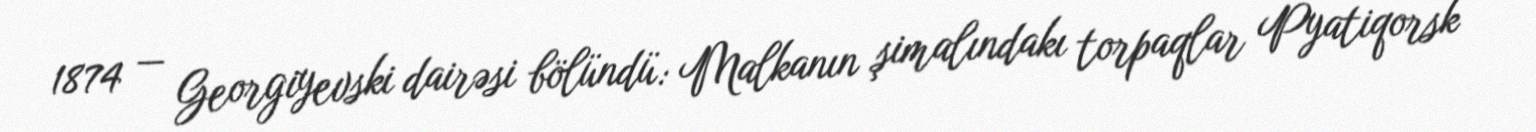
1874 — Georgiyevski dairəsi bölündü: Malkanın şimalındakı torpaqlar Pyatiqorsk